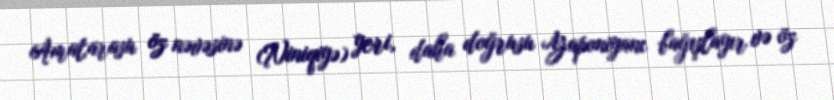
Amatarasu öz nəvəsinə (Niniqiyə) yeri, daha doğrusu Yaponiyanı bağışlayır və öz